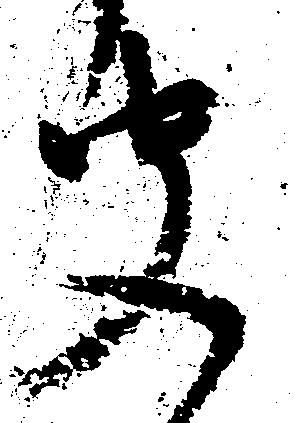
聞